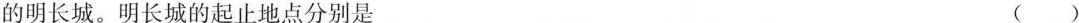
的明长城。明长城的起止地点分别是 ()